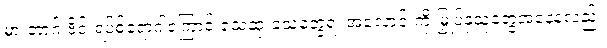
မားဘာ့ဂ် ဗိုင်းရပ်စ်ရောဂါကြောင့် သေဆုံးခဲ့သူတွေရဲ့ အလောင်းကို မြှုပ်နှံသူတွေအနေနဲ့လည်း